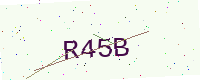
Text: R45B